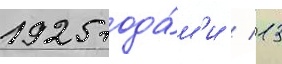
1925 года́м'и / 13